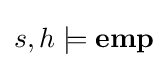
s,h\models \mathbf {e} \mathbf {m} \mathbf {p}